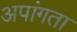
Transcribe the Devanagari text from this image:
अपांगता